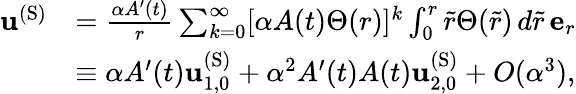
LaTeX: \begin{array}{rl}{\mathbf{u}^{\mathrm{(S)}}}&{=\frac{\alpha A^{\prime}(t)}{r}\sum_{k=0}^{\infty}[\alpha A(t)\Theta(r)]^{k}\int_{0}^{r}\tilde{r}\Theta(\tilde{r})\, d\tilde{r}\, \mathbf{e}_{r}}\\ &{\equiv\alpha A^{\prime}(t)\mathbf{u}_{1,0}^{\mathrm{(S)}}+\alpha^{2}A^{\prime}(t)A(t)\mathbf{u}_{2,0}^{\mathrm{(S)}}+O(\alpha^{3}),}\end{array}